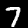
Label: 7